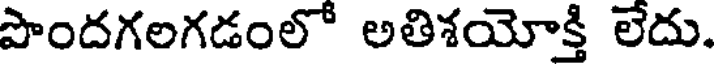
పొందగలగడంలో అతిశయోక్తి లేదు.